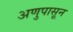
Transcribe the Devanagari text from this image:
अणुपासून